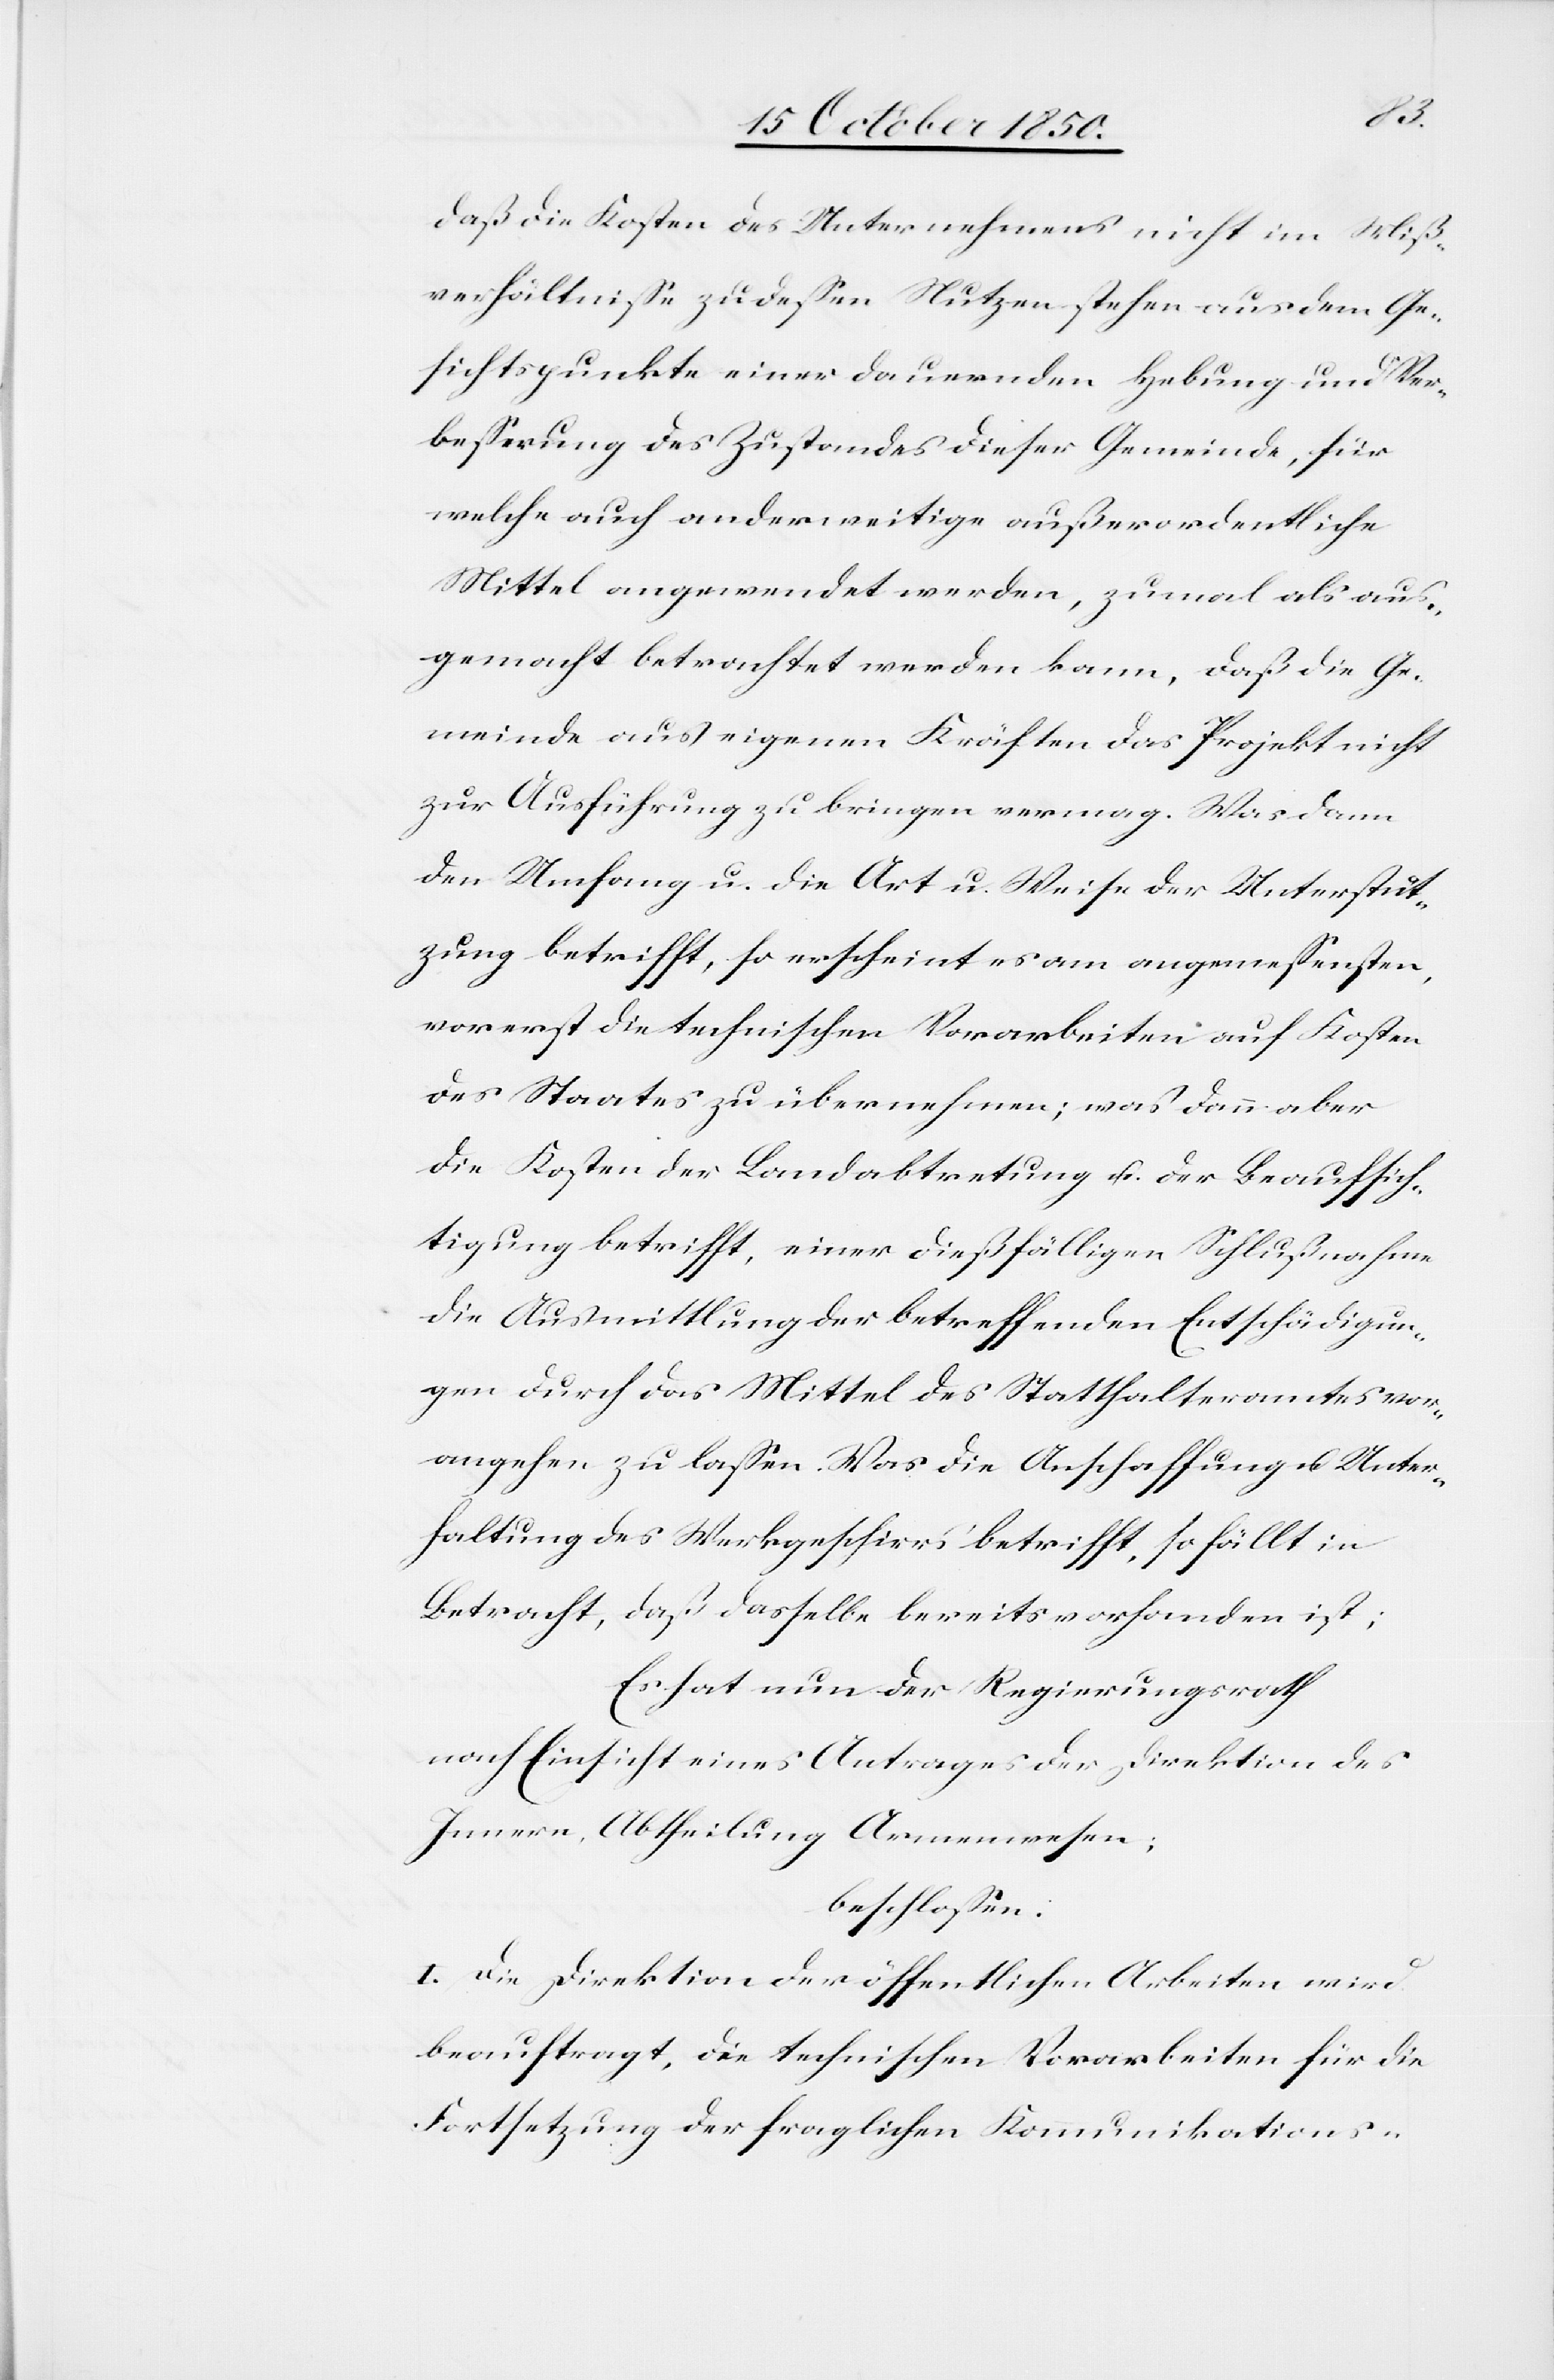
es
daß die Kosten des Unternehmens nicht im Miß¬
verhältnisse zu dessen Nutzen stehen aus dem Ge¬
sichtspunkte einer dauernden Hebung und Ver¬
besserung des Zustandes dieser Gemeinde, für
welche auch anderweitige außerordentliche
Mittel angewendet werden, zumal als aus¬
gemacht betrachtet werden kann, daß die Ge¬
meinde aus eigenen Kräften das Projekt nicht
zur Ausführung zu bringen vermag. Was dann
den Umfang u. die Art u. Weise der Unterstutz¬
vorerst die technischen Vorarbeiten auf Kosten
des Staates zu übernehmen; was dann aber
die Kosten der Landabtretung u. der Beaufsich¬
tigung betrifft, einer dießfälligen Schlußnahme
die Ausmittlung der betreffenden Entschädigun¬
gen durch das Mittel des Statthalteramtes vor¬
angehen zu lassen. Was die Anschaffung u. Unter¬
haltung des Werkgeschirrs betrifft, so fällt in
Betracht, daß dasselbe bereits vorhanden ist;
Es hat nun der Regierungsrath
nach Einsicht eines Antrages der Direktion des
Innern, Abtheilung Armenwesen;
beschlossen.
I. Die Direktion der öffentlichen Arbeiten wird
beauftragt, die technischen Vorarbeiten für die
Fortsetzung der fraglichen Kommunikations-